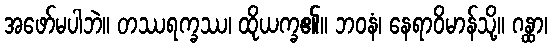
အဖော်မပါဘဲ။ တဿရက္ခဿ၊ ထိုယက္ခ၏။ ဘဝနံ၊ နေရာဝိမာန်သို့။ ဂန္ထာ၊